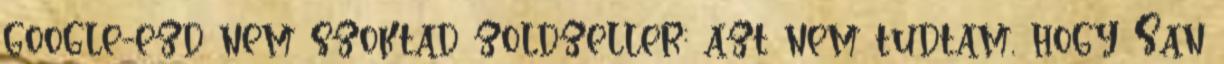
google-ezd nem szoktad zoldzeller: azt nem tudtam, hogy San